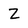
Character: Z